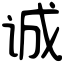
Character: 诚